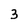
Character: 3